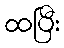
ထပြီး